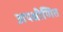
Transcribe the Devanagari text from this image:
अपक्षीणित